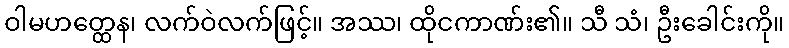
ဝါမဟတ္ထေန၊ လက်ဝဲလက်ဖြင့်။ အဿ၊ ထိုငကာဏ်း၏။ သီ သံ၊ ဦးခေါင်းကို။